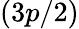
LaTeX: (3p/2)